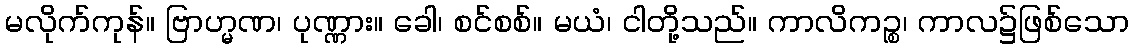
မလိုက်ကုန်။ ဗြာဟ္မဏ၊ ပုဏ္ဏား။ ခေါ၊ စင်စစ်။ မယံ၊ ငါတို့သည်။ ကာလိကဉ္စ၊ ကာလ၌ဖြစ်သော